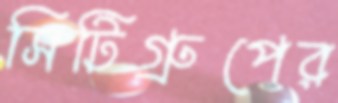
সিটিগ্রুপের